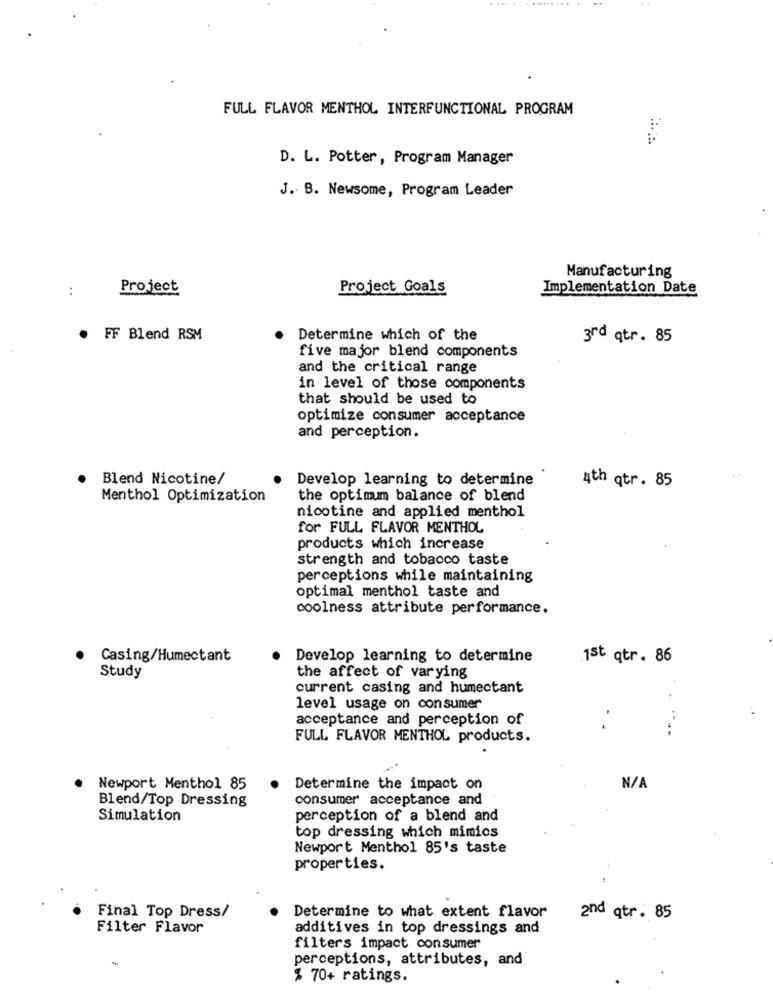
FULL FLAVOR MENTHOL INTERFUNCTIONAL PROGRAM
D. L. Potter, Program Manager
J. B. Newsome, Program Leader
Manufacturing
:
Project
Project Goals
Implementation Date
FF Blend RSM
Determine which of the
3rd qtr. 85
five major blend components
and the critical range
in level of those components
that should be used to
optimize consumer acceptance
and perception.
Blend Nicotine/
Develop learning to determine
4th qtr. 85
Menthol Optimization
the optimum balance of blend
nicotine and applied menthol
for FULL FLAVOR MENTHOL
products which increase
strength and tobacco taste
perceptions while maintaining
optimal menthol taste and
coolness attribute performance.
Casing/Humectant
Develop learning to determine
1st qtr. 86
Study
the affect of varying
current casing and humectant
level usage on consumer
acceptance and perception of
--
FULL FLAVOR MENTHOL products.
. Newport Menthol 85
Determine the impact on
Blend/Top Dressing
consumer acceptance and
Simulation
perception of a blend and
top dressing which mimios
Newport Menthol 85's taste
properties.
Final Top Dress/
Determine to what extent flavor
2nd qtr. 85
Filter Flavor
additives in top dressings and
filters impact consumer
perceptions, attributes, and
% 70+ ratings.